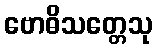
ဗောဓိသတ္တေသု